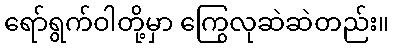
ရော်ရွက်ဝါတို့မှာ ကြွေလုဆဲဆဲတည်း။